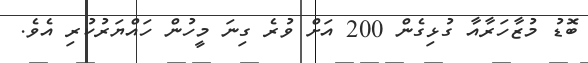
ބޮޑު މުޒާހަރާއާ ގުޅިގެން 200 އަށް ވުރެ ގިނަ މީހުން ހައްޔަރުކުރި އެވެ.